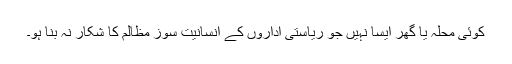
کوئی محلہ یا گھر ایسا نہیں جو ریاستی اداروں کے انسانیت سوز مظالم کا شکار نہ بنا ہو۔